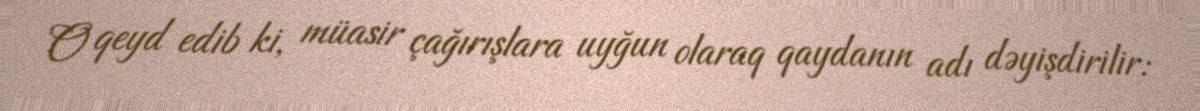
O qeyd edib ki, müasir çağırışlara uyğun olaraq qaydanın adı dəyişdirilir: